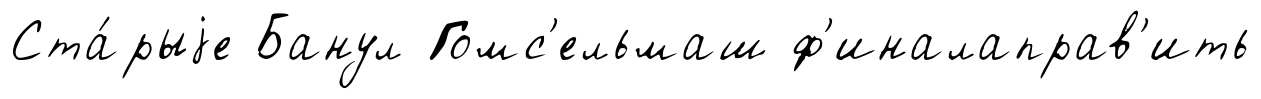
Ста́рыjе Банул Гомс'ельмаш ф'иналаправ'ить